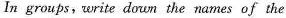
In groups, write down the names of the